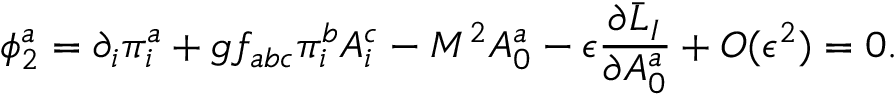
\phi _ { 2 } ^ { a } = \partial _ { i } \pi _ { i } ^ { a } + g f _ { a b c } \pi _ { i } ^ { b } A _ { i } ^ { c } - M ^ { 2 } A _ { 0 } ^ { a } - \epsilon \frac { \partial \bar { \cal L } _ { I } } { \partial A _ { 0 } ^ { a } } + O ( \epsilon ^ { 2 } ) = 0 .